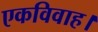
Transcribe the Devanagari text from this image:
एकविवाह।